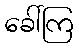
ခေါ်ကြ